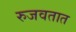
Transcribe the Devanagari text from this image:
रुजवतात